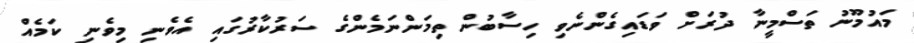
މައުމޫނު ތަސްމީނާ ދުރަށް ވަޑައިގެންނެވި ހިސާބުން ތިމަންނަމެންގެ ސަރުކާރުގައި އެވެނި މިވެނި ކަމެއް